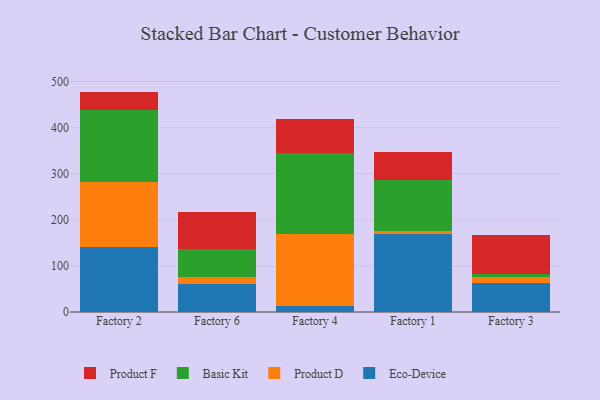
{"axis": {"x": "Factory", "y": "Waste Production (Tons)"}, "legend": ["Basic Kit", "Eco-Device", "Product D", "Product F"], "data": [{"x": "Factory 2", "y": 141.3, "type": "Eco-Device"}, {"x": "Factory 2", "y": 140.4, "type": "Product D"}, {"x": "Factory 2", "y": 157.6, "type": "Basic Kit"}, {"x": "Factory 2", "y": 38.9, "type": "Product F"}, {"x": "Factory 6", "y": 61.0, "type": "Eco-Device"}, {"x": "Factory 6", "y": 14.1, "type": "Product D"}, {"x": "Factory 6", "y": 62.4, "type": "Basic Kit"}, {"x": "Factory 6", "y": 79.4, "type": "Product F"}, {"x": "Factory 4", "y": 13.2, "type": "Eco-Device"}, {"x": "Factory 4", "y": 156.3, "type": "Product D"}, {"x": "Factory 4", "y": 175.6, "type": "Basic Kit"}, {"x": "Factory 4", "y": 74.3, "type": "Product F"}, {"x": "Factory 1", "y": 169.7, "type": "Eco-Device"}, {"x": "Factory 1", "y": 5.3, "type": "Product D"}, {"x": "Factory 1", "y": 110.9, "type": "Basic Kit"}, {"x": "Factory 1", "y": 60.2, "type": "Product F"}, {"x": "Factory 3", "y": 63.4, "type": "Eco-Device"}, {"x": "Factory 3", "y": 13.1, "type": "Product D"}, {"x": "Factory 3", "y": 5.2, "type": "Basic Kit"}, {"x": "Factory 3", "y": 84.4, "type": "Product F"}]}